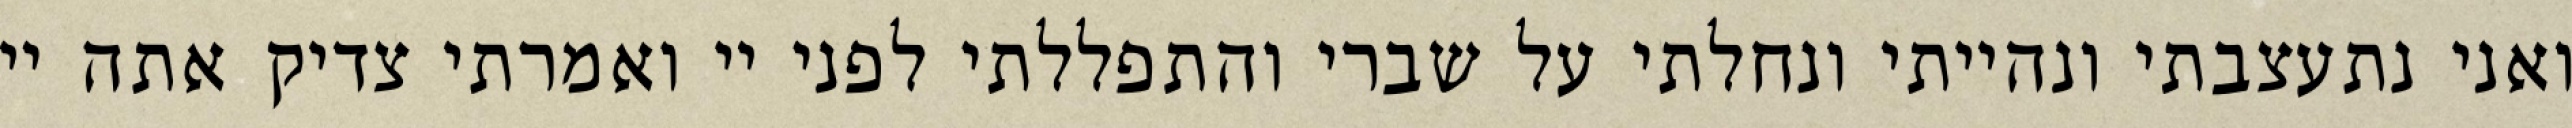
ואני נתעצבתי ונהייתי ונחלתי על שברי והתפללתי לפני יי ואמרתי צדיק אתה יי